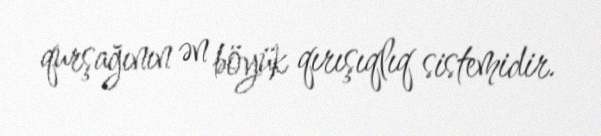
qurşağının ən böyük qırışıqlıq sistemidir.